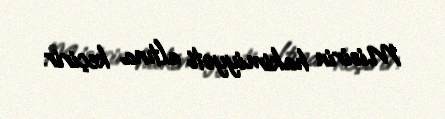
Misirin hakimiyyəti altına keçirir.